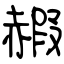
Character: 赮